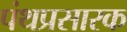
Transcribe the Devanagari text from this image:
पंथप्रसारक